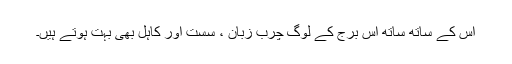
اس کے ساتھ ساتھ اس برج کے لوگ چرب زبان ، سست اور کاہل بھی بہت ہوتے ہیں۔